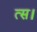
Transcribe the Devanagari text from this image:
त्स।